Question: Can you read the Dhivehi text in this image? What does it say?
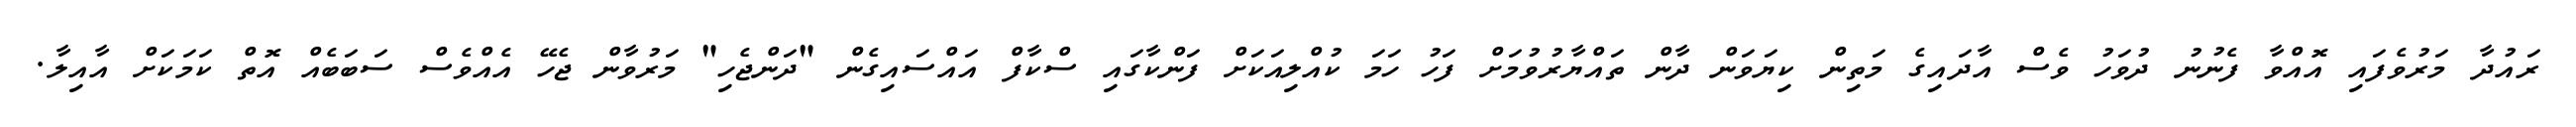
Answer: ރައުދާ މަރުވެފައި އޮއްވާ ފެނުނު ދުވަހު ވެސް އާދައިގެ މަތިން ކިޔަވަން ދާން ތައްޔާރުވުމަށް ފަހު ހަމަ ކުއްލިއަކަށް ފަންކާގައި ސްކާފް އައްސައިގެން "ދަންޖެހި" މަރުވާން ޖެހޭ އެއްވެސް ސަބަބެއް އޮތް ކަމަކަށް އާއިލާ.